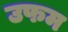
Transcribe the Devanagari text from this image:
उफम